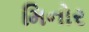
મિનોર